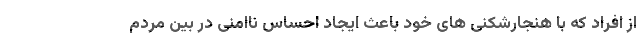
از افراد که با هنجارشکنی های خود باعث ایجاد احساس ناامنی در بین مردم